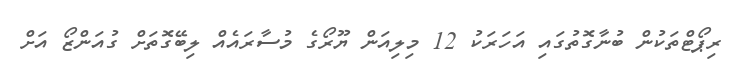
ރިޕޯޓްތަކުން ބުނާގޮތުގައި އަހަރަކު 12 މިލިއަން ޔޫރޯގެ މުސާރައެއް ލިބޭގޮތަށް ގުއަންޒޯ އަށް